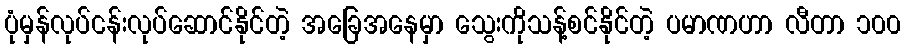
ပုံမှန်လုပ်ငန်းလုပ်ဆောင်နိုင်တဲ့ အခြေအနေမှာ သွေးကိုသန့်စင်နိုင်တဲ့ ပမာဏဟာ လီတာ ၁၀၀